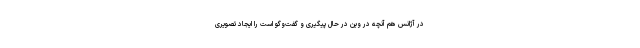
در آژانس هم آنچه در وین در حال پیگیری و گفت‌وگو است را ایجاد تصویری